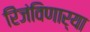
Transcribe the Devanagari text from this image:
रिंजंविणार्‍या